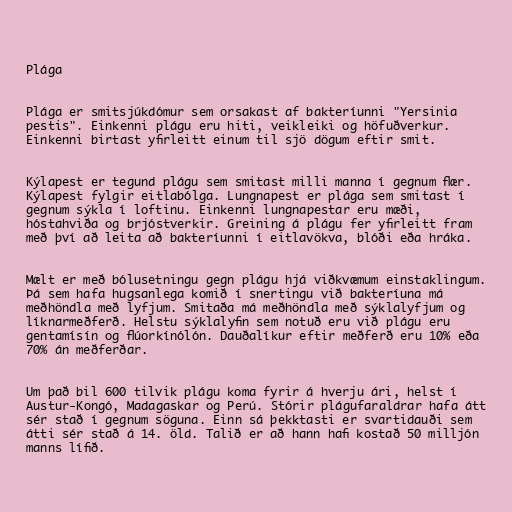
Plága

Plága er smitsjúkdómur sem orsakast af bakteríunni "Yersinia
pestis". Einkenni plágu eru hiti, veikleiki og höfuðverkur.
Einkenni birtast yfirleitt einum til sjö dögum eftir smit.

Kýlapest er tegund plágu sem smitast milli manna í gegnum flær.
Kýlapest fylgir eitlabólga. Lungnapest er plága sem smitast í
gegnum sýkla í loftinu. Einkenni lungnapestar eru mæði,
hóstahviða og brjóstverkir. Greining á plágu fer yfirleitt fram
með því að leita að bakteríunni í eitlavökva, blóði eða hráka.

Mælt er með bólusetningu gegn plágu hjá viðkvæmum einstaklingum.
Þá sem hafa hugsanlega komið í snertingu við bakteríuna má
meðhöndla með lyfjum. Smitaða má meðhöndla með sýklalyfjum og
líknarmeðferð. Helstu sýklalyfin sem notuð eru við plágu eru
gentamísín og flúorkínólón. Dauðalíkur eftir meðferð eru 10% eða
70% án meðferðar.

Um það bil 600 tilvik plágu koma fyrir á hverju ári, helst í
Austur-Kongó, Madagaskar og Perú. Stórir plágufaraldrar hafa átt
sér stað í gegnum söguna. Einn sá þekktasti er svartidauði sem
átti sér stað á 14. öld. Talið er að hann hafi kostað 50 milljón
manns lífið.